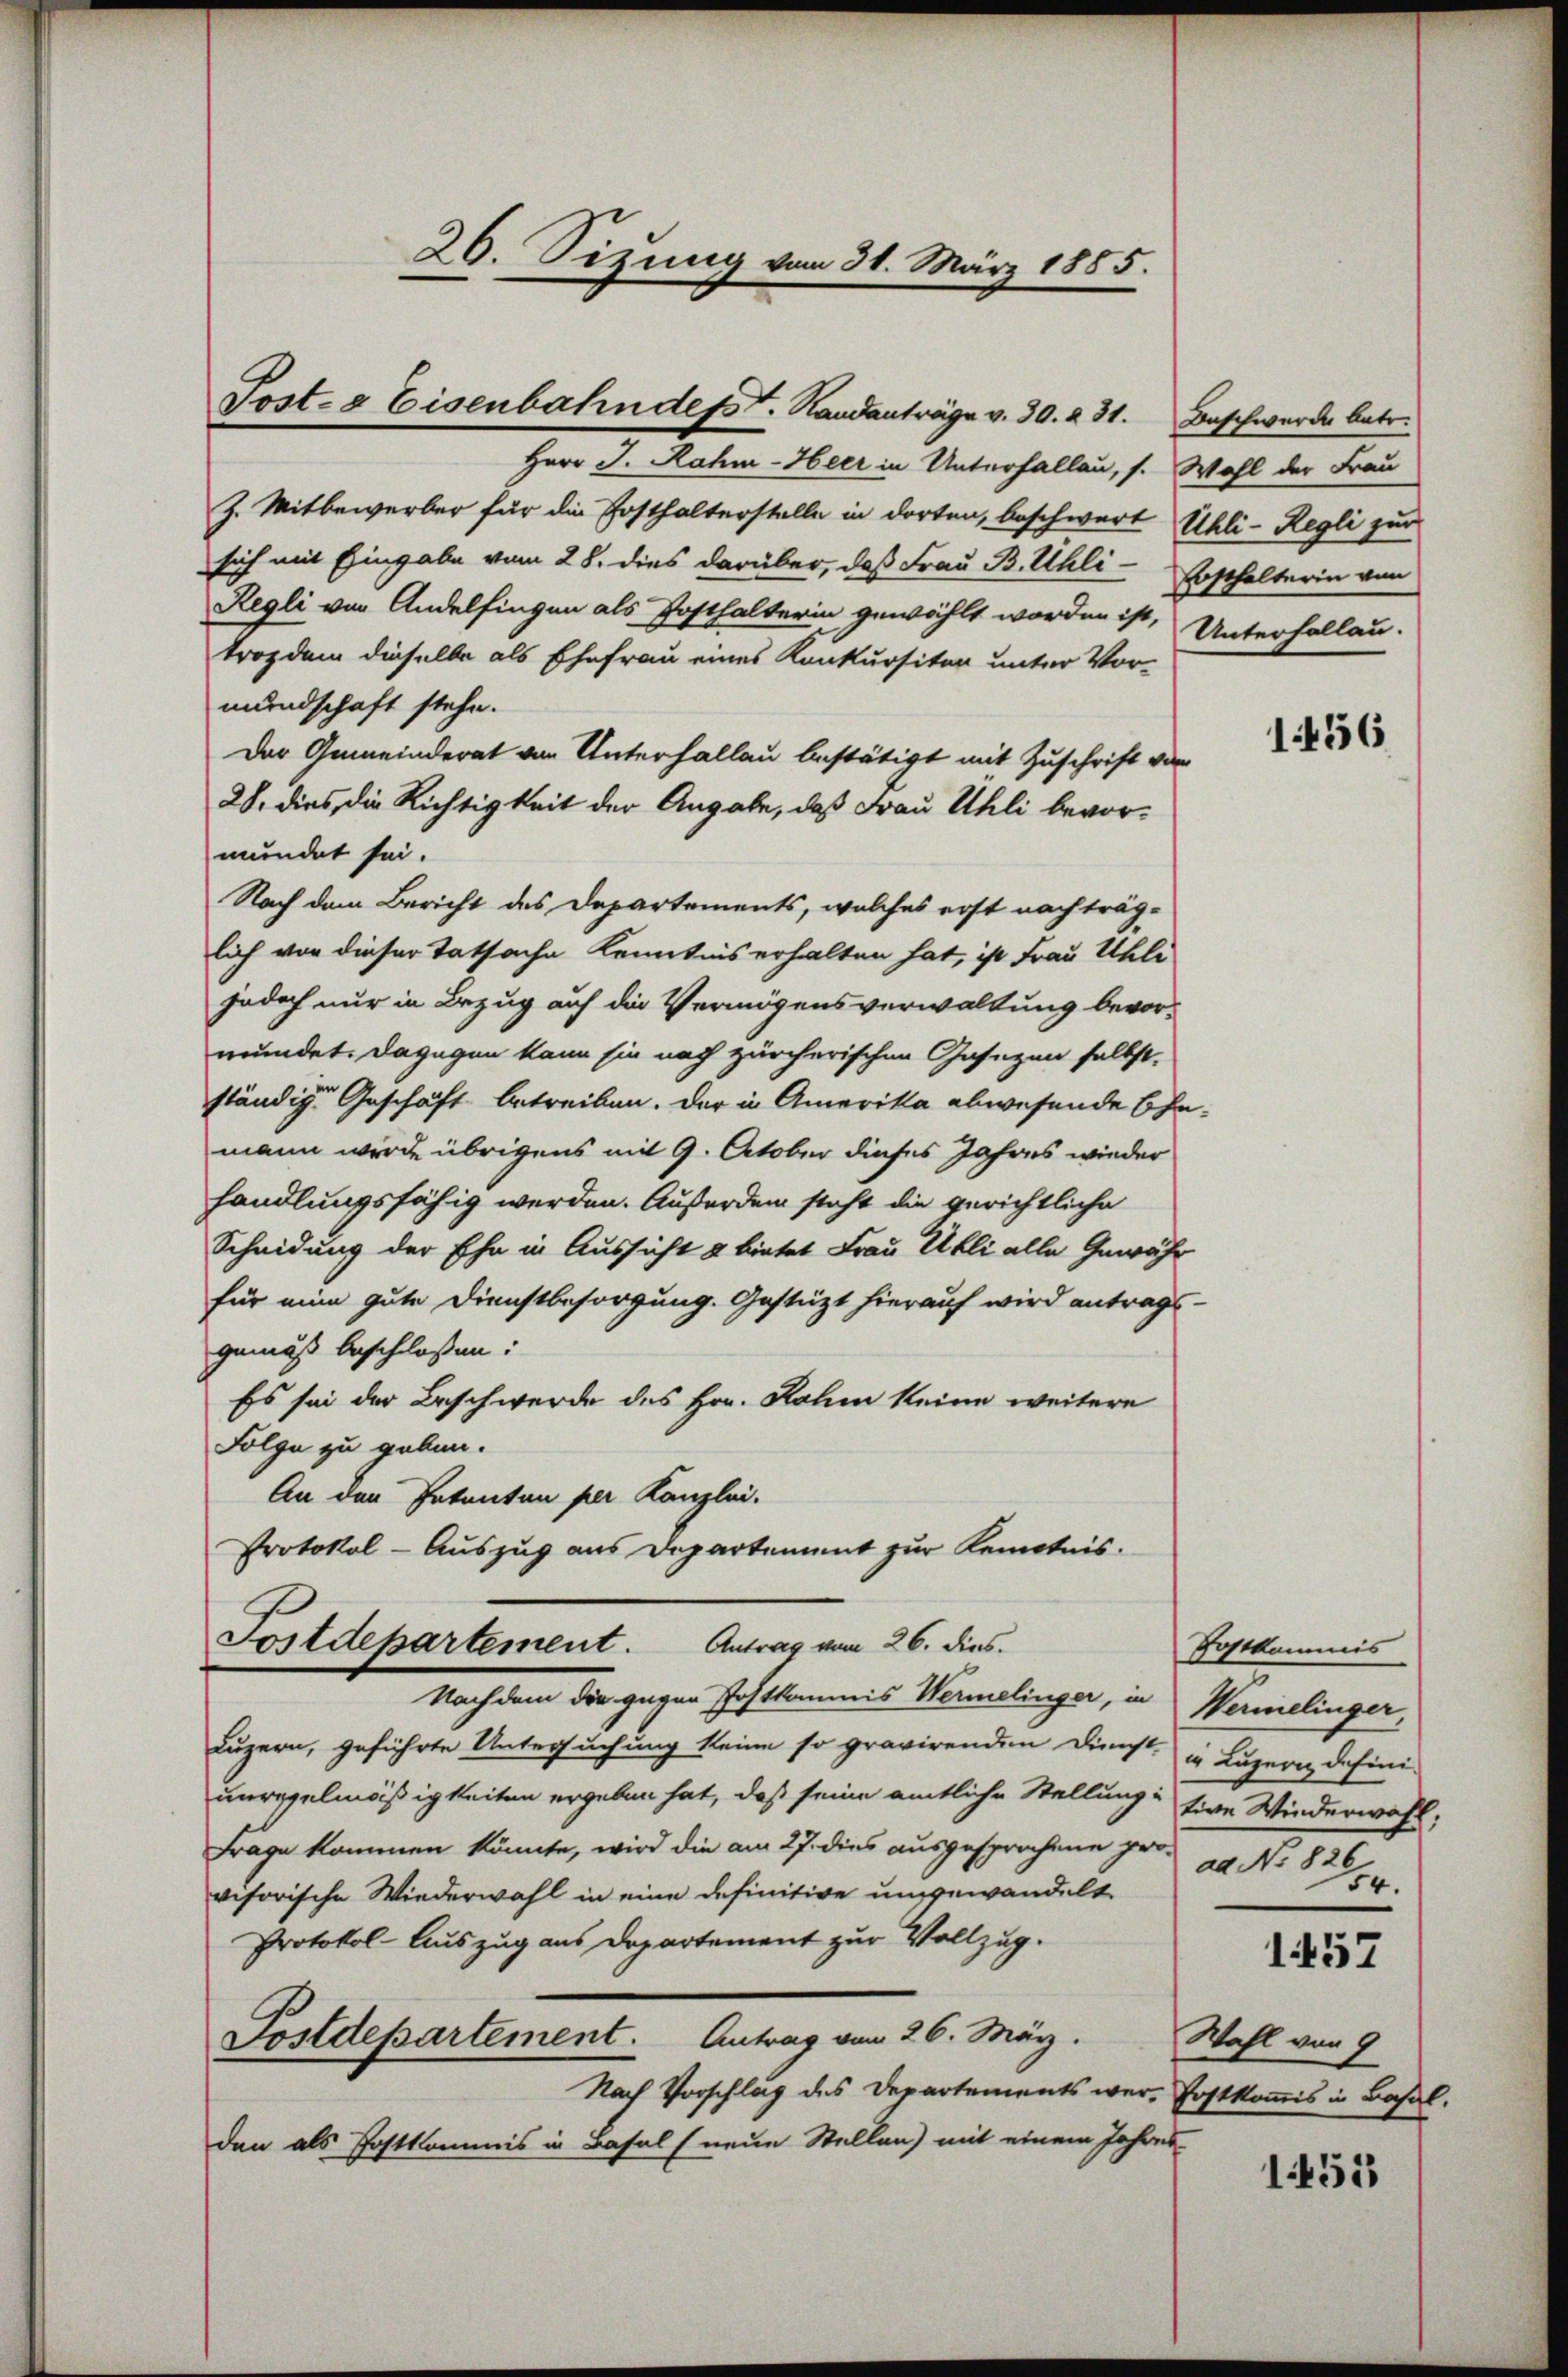
26. Sizung vom 31. März 1855.

Herr J. Rahm-Heer in Unterfallen, s. Wahl der Frau
Z. Mitbewerber für die Posthalterstelle in dorten, beschwert Uhli-Regli zur
sich mit Eingabe vom 28. dies darüber, daß Frau B. Uhli-
Regli von Andelfingen als Posthalterin gewählt worden ist, Unterhallau-
trag dem dieselbe als Ehefrau eines Konkursiten unter Vor-
mundschaft stehe.
Der Gemeinderat von Unterhallau bestätigt mit Zuschrift von
28. dies, die Richtigkeit der Angabe, daß Frau Uhli bevormundet sei.
Nach dem Bericht des Departements, welches erst nach träglich von dieser Tatsache Kenntnis erhalten hat, ist Frau Uhle
jedoch nur in Bezug auf die Vermögensverwaltung bevormundet. Dagegen kann sie nach zürcherischen Gesezen selbst,
ständige Geschäft betreiben. Der in Amerika abwesende Ehemann wurde übrigens mit 9. October dieses Jahres wieder
handlungsfähig werden. Außerdem steht die gerichtliche
Scheidung der Ehe in Aussicht u bietet Frau Ukli alle Gewähr
für eine gute Dienstbesorgung. Gestützt hierauf wird antrags-
gemäß beschlossen:
Es sei der Beschwerde des Hrn. Rahm keine weitere
Folge zu geben.
An den Petenten per Kanzlei.
Protokol-Auszug aus Departement zur Kenntnis.
Fostdepartement. Antrag vom 26. dies
Nachdem die gegen Postkommis Wermelinger, in Wermelinger,
Luzern, geführte Untersuchung keine so gravirenden Dienst, in Luzern defini-
unregelmäßigkeiten ergeben hat, daß seine amtliche Stellung: Eine Wiederwahl,
Frage kommen könnte, wird die am 27. dies ausgesprochene pro ad No. 826
visorische Wiederwahl in eine definitive ungewandelt
Protokol- Auszug aus Departement zur Vollzug.
Postdepartement. Antrag vom 26. März.
Nach Vorschlag des Departements wer-Postkommis in Basel.
den als Postkommis in Basel (neue Stellen) mit einem Jahres¬

Post- & Eisenbahn desst. Handanträge v. 30. 231. Beschwerde betr.

Erschalterin von

1456

Postkommis
54.

1457

Wahl von 9

1455